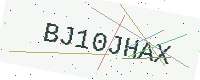
Text: BJ10JHAX